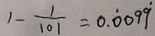
1 - \frac { 1 } { 1 0 1 } = 0 . \dot { 0 } 0 9 \dot { 9 }